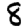
Digit: 8